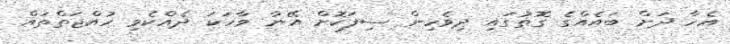
އެހާ ދަށް ބައެއްގެ ގޮތުގައި ދިވެހިން ސިފަކޮށް އޭނާ ވާހަކަ ދެއްކެވި ހުއްޖަތްތައް